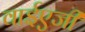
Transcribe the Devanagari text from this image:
वाईएजी